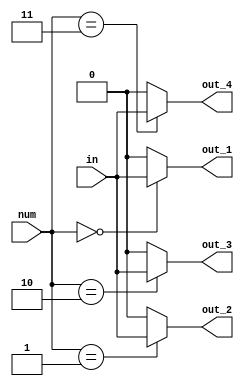
module demult2_4 ( input in,
                   input [1:0] num,

                   output out_1,
                   output out_2,
                   output out_3,
                   output out_4); 

    assign out_1 = num == 0 ? in : 0;
    assign out_2 = num == 1 ? in : 0;
    assign out_3 = num == 2 ? in : 0;
    assign out_4 = num == 3 ? in : 0;

endmodule